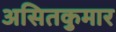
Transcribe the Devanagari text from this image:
असितकुमार